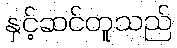
နှင့်ဆင်တူသည်